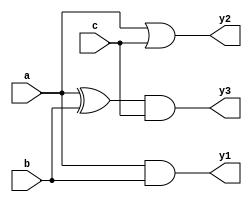
module combinational_logic (
    input wire a,
    input wire b,
    input wire c,
    output reg y1,
    output reg y2,
    output reg y3
);

// Always block for combinational logic
always @(*) begin
    // Default values
    y1 = 0;
    y2 = 0;
    y3 = 0;

    // Combinational logic assignments
    y1 = a & b;         // AND operation
    y2 = a | c;         // OR operation
    y3 = (a ^ b) & c;   // AND of XOR and c
end

endmodule